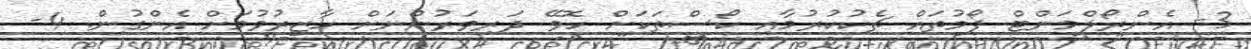
3- އެންރޯލްމަންޓް ފޯމުތައް ޗެކުކުރުމާއި ކޯސްތަކަށް ހޮވޭ ދަރިވަރުންނަށް ހާޒިރުވުމަށް އެންގުން. 4-